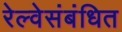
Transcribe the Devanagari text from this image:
रेल्वेसंबंधित